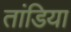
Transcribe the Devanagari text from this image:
तांडिया